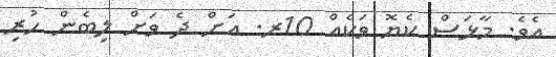
އެވެ. މާޅަސް ކެޔޮ ވަކެއް 10ރ. އަށް ދެ ވަށް ލިބެން ހުރި